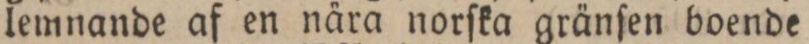
lemnande af en nära norſka gränſen boende